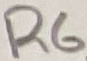
Text: R6